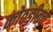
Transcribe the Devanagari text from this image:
कोठडीतच